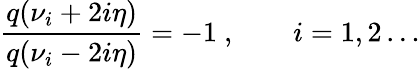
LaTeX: \frac{q(\nu_{i}+2i\eta)}{q(\nu_{i}-2i\eta)}=-1~,\qquad i=1,2\dots